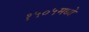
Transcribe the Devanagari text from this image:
१५०५मध्ये